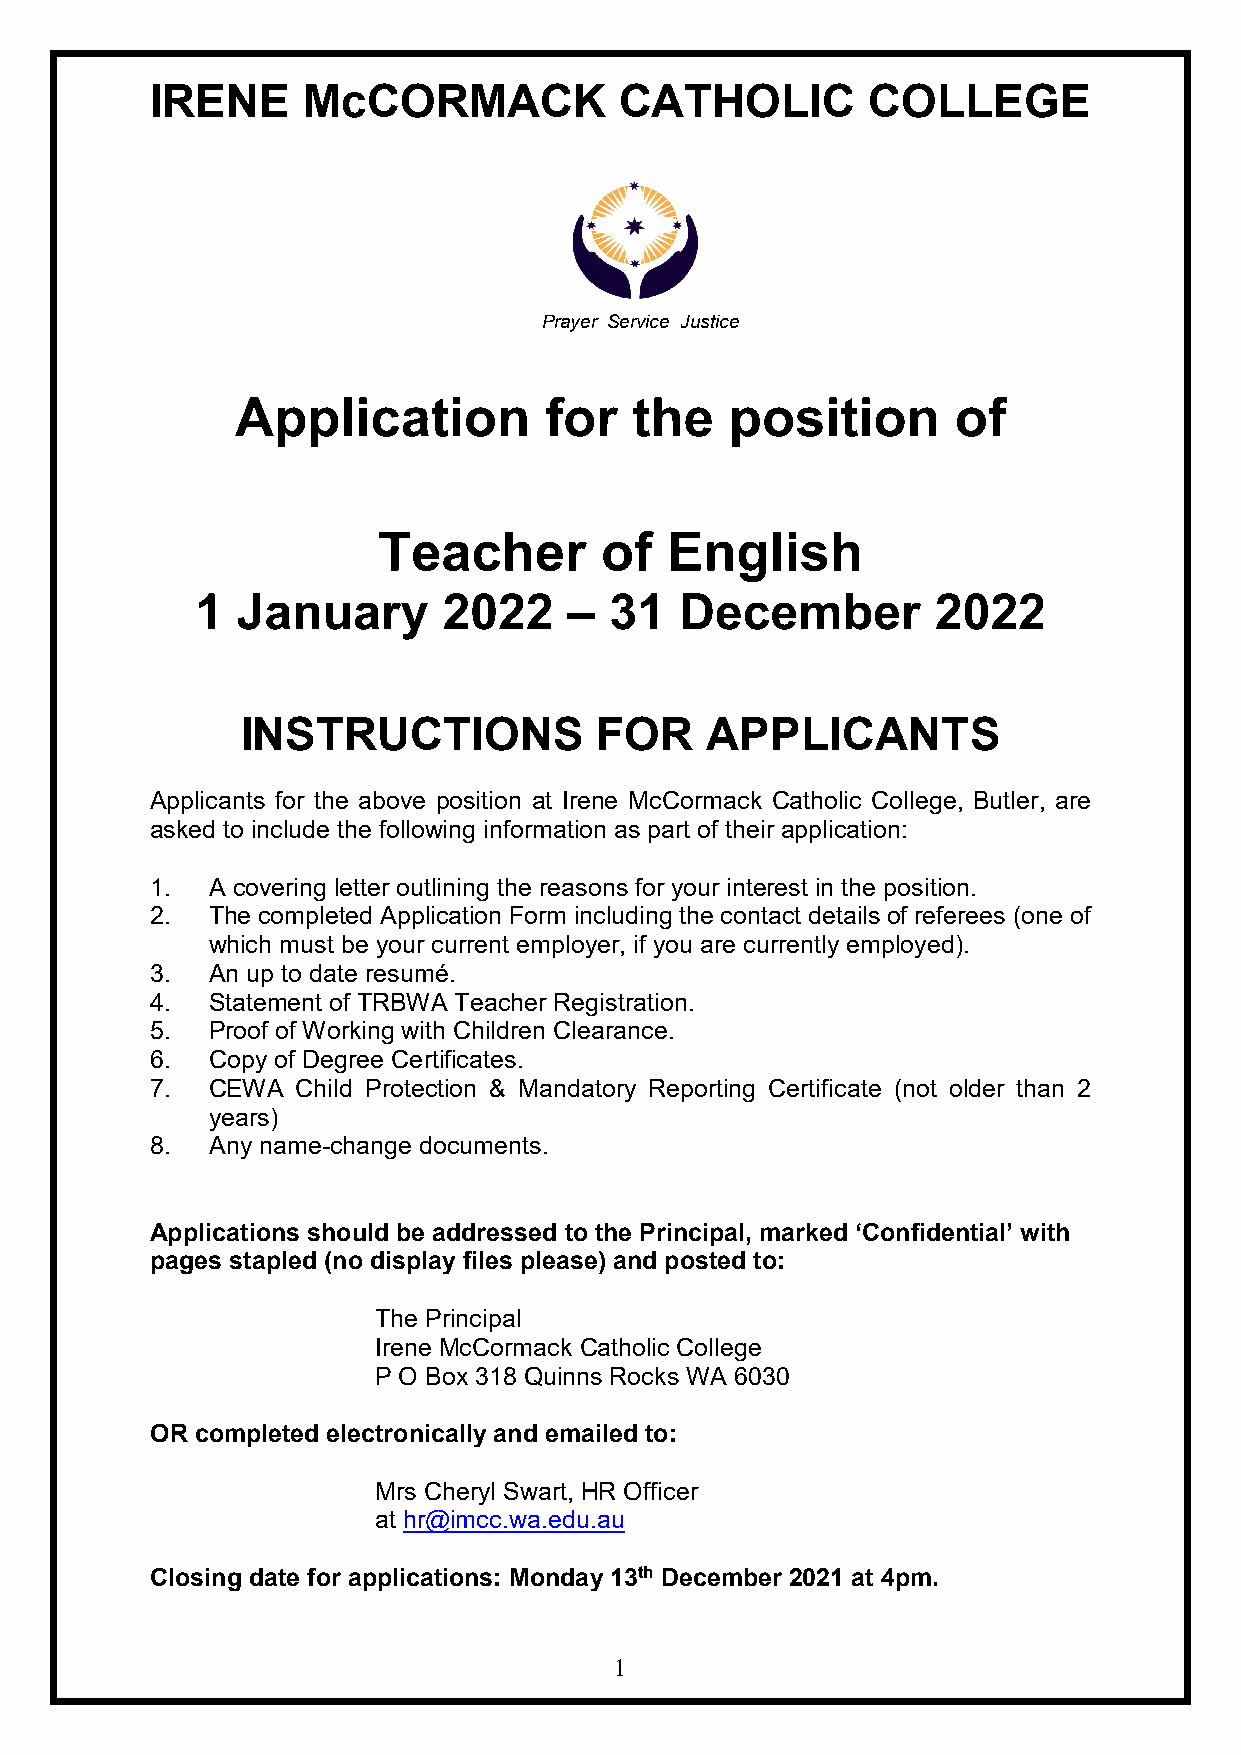
IRENE     McCORMACK            CATHOLIC        COLLEGE
 Prayer Service Justice
 Application         for   the   position       of
 Teacher        of  English
 1  January      2022     – 31   December         2022
 INSTRUCTIONS            FOR    APPLICANTS
 Applicants for the above position at Irene McCormack Catholic College, Butler, are
 asked to include the following information as part of their application:
 1.  A covering letter outlining the reasons for your interest in the position.
 2.  The completed Application Form including the contact details of referees (one of
 which must be your current employer, if you are currently employed).
 3.  An up to date resumé.
 4.  Statement of TRBWA Teacher Registration.
 5.  Proof of Working with Children Clearance.
 6.  Copy of Degree Certificates.
 7.  CEWA  Child Protection & Mandatory Reporting Certificate (not older than 2
 years)
 8.  Any name-change documents.
 Applications should be addressed to the Principal, marked ‘Confidential’ with
 pages stapled (no display files please) and posted to:
 The Principal
 Irene McCormack Catholic College
 P O Box 318 Quinns Rocks WA 6030
 OR completed electronically and emailed to:
 Mrs Cheryl Swart, HR Officer
 at hr@imcc.wa.edu.au
 Closing date for applications: Monday 13th December 2021 at 4pm.
 1